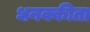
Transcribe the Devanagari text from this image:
धनक्कीता